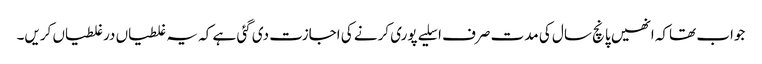
جواب تھاکہ انھیں پانچ سال کی مدت صرف اسلیے پوری کرنے کی اجازت دی گئی ہے کہ یہ غلطیاں درغلطیاں کریں۔